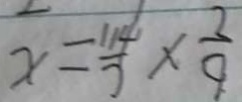
x = \frac { 1 1 4 } { 7 } \times \frac { 2 } { 9 }